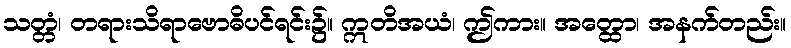
သတ္တံ၊ တရားသိရာဗောဓိပင်ရင်း၌။ ဣတိအယံ၊ ဤကား။ အတ္ထော၊ အနက်တည်း။